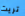
تريث